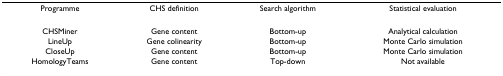
| Programme | CHS definition | Search algorithm | Statistical evaluation |
 | --- | --- | --- | --- |
 | CHSMiner | Gene content | Bottom-up | Analytical calculation |
 | LineUp | Gene colinearity | Bottom-up | Monte Carlo simulation |
 | CloseUp | Gene content | Bottom-up | Monte Carlo simulation |
 | HomologyTeams | Gene content | Top-down | Not available |